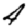
Digit: 4